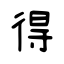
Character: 得